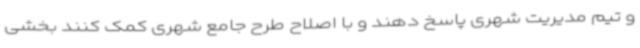
و تیم مدیریت شهری پاسخ دهند و با اصلاح طرح جامع شهری کمک کنند بخشی